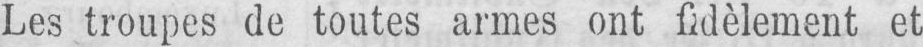
Les troupes de toutes armes ont fidèlement et